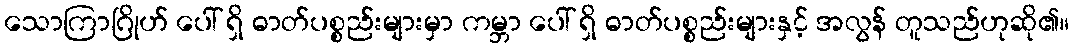
သောကြာဂြိုဟ် ပေါ် ရှိ ဓာတ်ပစ္စည်းများမှာ ကမ္ဘာ ပေါ် ရှိ ဓာတ်ပစ္စည်းများနှင့် အလွန် တူသည်ဟုဆို၏။